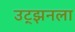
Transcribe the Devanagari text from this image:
उट्झनला